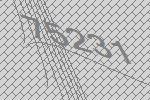
75231